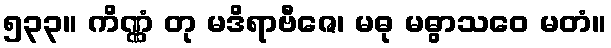
၅၃၃။ ကိဏ္ဏံ တု မဒိရာဗီဇေ၊ မဓု မဓွာသဝေ မတံ။